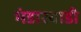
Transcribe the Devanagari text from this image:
भंडारवाडी